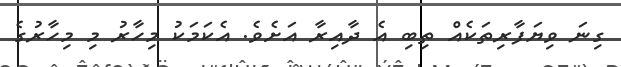
ގިނަ ވިޔަފާރިތަކެއް ތިބި އެ ދާއިރާ އަށެވެ. އެކަމަކު މިހާރު މި މިހާރުގެ